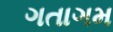
ગતાગમ